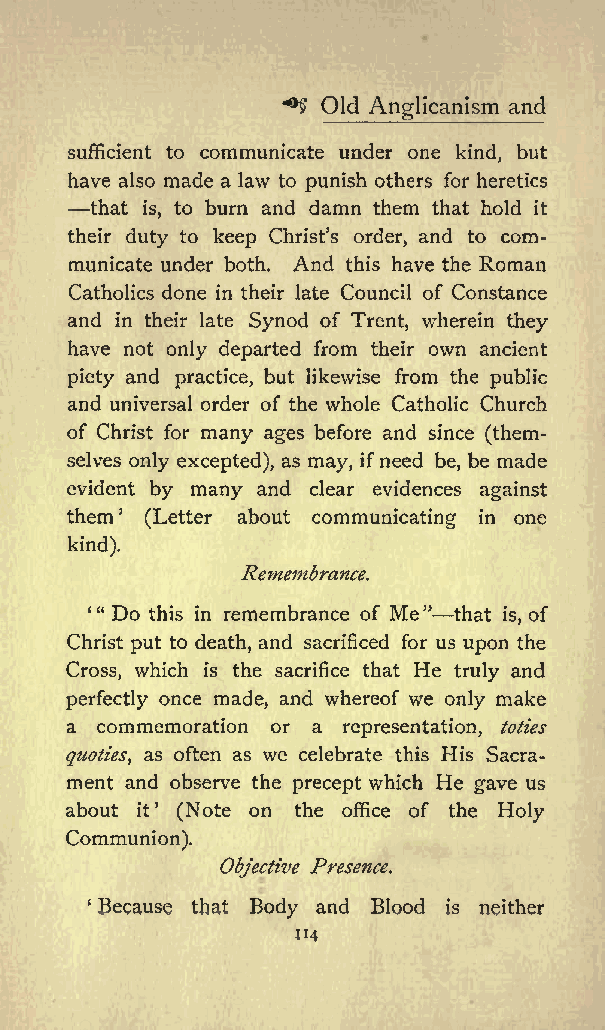
** Old         and
 Anglicanism
 sufficient to communicate under one kind, but
 have also made a law to punish others for heretics
 that is, to burn and damn them that hold it
 their duty to keep Christs order, and to com
 municate under both. And this have the Roman
 Catholics done in their late Council of Constance
 and in their late Synod of Trent, wherein they
 have not only departed from their own ancient
 piety and practice, but likewise from the public
 and universal order of the whole Catholic Church
 of Christ for many ages before and since (them
 selves only excepted), as may, ifneed be, be made
 evident by many and clear evidences against
 them  (Letter about communicating in one
 kind).
 Remembrance.
 4&quot; Do this in remembrance of Me &quot; that
 is,
 of
 Christ put to death, and sacrificed for us upon the
 Cross, which is the sacrifice that He truly and
 perfectly once made, and whereof we only make
 a commemoration or a representation, toties
 quoties, as often as we celebrate this His Sacra
 ment and observe the precept which He gave us
 about it (Note on the office of the Holy
 Communion).
 Objective Presence.
 Because that Body and Blood is neither